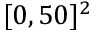
[ 0 , 5 0 ] ^ { 2 }